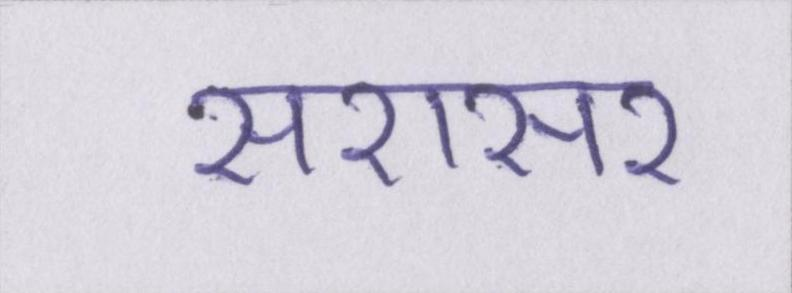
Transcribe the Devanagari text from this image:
सरासर